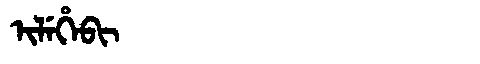
Manchu: ᡳᠯᡝᡥᡝᠪᡳ
Romanization: ILEHEBI